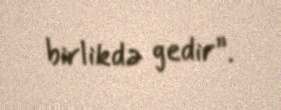
birlikdə gedir”.